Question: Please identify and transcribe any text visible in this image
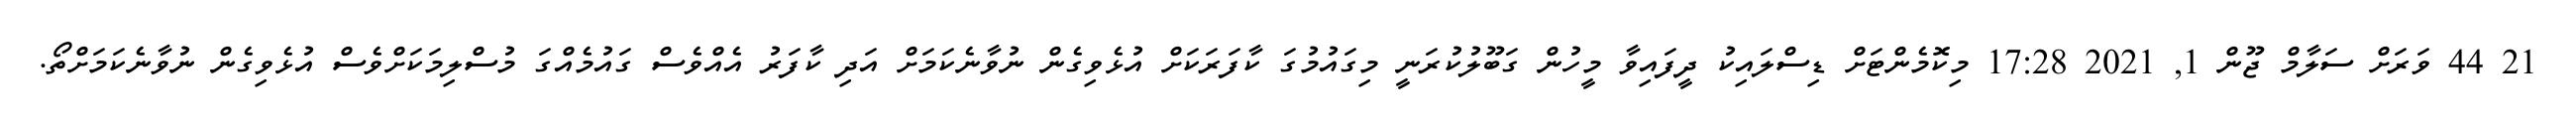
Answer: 21 44 ވަރަށް ސަލާމް ޖޫން 1, 2021 17:28 މިކޮމެންޓަށް ޑިސްލައިކު ދީފައިވާ މީހުން ގަބޫލުކުރަނީ މިގައުމުގަ ކާފަރަކަށް އުޅެވިގެން ނުވާނެކަމަށް އަދި ކާފަރު އެއްވެސް ގައުމެއްގަ މުސްލިމަކަށްވެސް އުޅެވިގެން ނުވާނެކަމަށްތޯ.